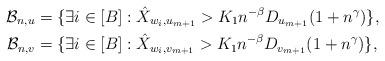
LaTeX: \begin{align*}\mathcal{B}_{n,u}& =\{\exists i\in[B]: \hat{X}_{w_i,u_{m+1}}>K_1n^{-\beta}D_{u_{m+1}}(1+n^\gamma)\}, \\ \mathcal{B}_{n,v}& =\{\exists i\in[B]: \hat{X}_{w_i,v_{m+1}}>K_1n^{-\beta}D_{v_{m+1}}(1+n^\gamma)\},\end{align*}